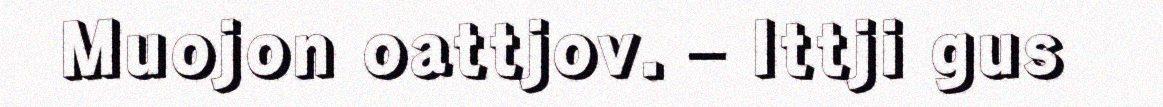
Muojon oattjov. – Ittji gus